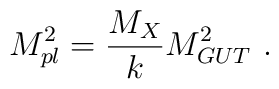
M_{pl}^2 ={{  M_X} \over\displaystyle {k}} M_{GUT}^2  ~.~\,